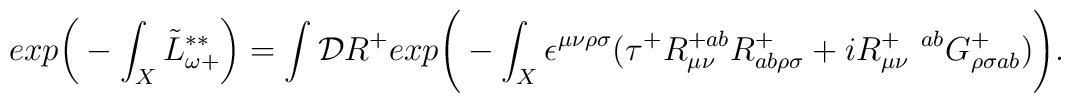
exp\bigg( - \int_X \tilde{L}^{**}_{\omega +}\bigg) = \int {\cal D} R^+ exp\Bigg(- \int_X  \epsilon^{\mu \nu \rho\sigma}\big(\tau^+ R^{+ab}_{\mu \nu} R^+_{ab\rho \sigma} + i R_{\mu\nu}^{+ \ \ ab} G^+_{\rho \sigma ab}\big) \Bigg).